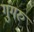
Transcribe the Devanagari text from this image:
गुंगरु